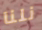
نلنا